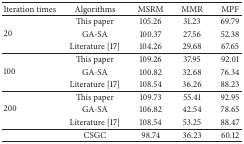
<table><thead><tr><td><b>Iteration times</b></td><td><b>Algorithms</b></td><td><b>MSRM</b></td><td><b>MMR</b></td><td><b>MPF</b></td></tr></thead><tbody><tr><td rowspan="3">20</td><td>This paper</td><td>105.26</td><td>31.23</td><td>69.79</td></tr><tr><td>GA-SA</td><td>100.37</td><td>27.56</td><td>52.38</td></tr><tr><td>Literature [17]</td><td>104.26</td><td>29.68</td><td>67.65</td></tr><tr><td rowspan="3">100</td><td>This paper</td><td>109.26</td><td>37.95</td><td>92.01</td></tr><tr><td>GA-SA</td><td>100.82</td><td>32.68</td><td>76.34</td></tr><tr><td>Literature [17]</td><td>108.54</td><td>36.26</td><td>88.23</td></tr><tr><td rowspan="3">200</td><td>This paper</td><td>109.73</td><td>55.41</td><td>92.95</td></tr><tr><td>GA-SA</td><td>106.82</td><td>42.54</td><td>78.65</td></tr><tr><td>Literature [17]</td><td>108.54</td><td>53.25</td><td>88.47</td></tr><tr><td> </td><td>CSGC </td><td>98.74</td><td>36.23</td><td>60.12</td></tr></tbody></table>